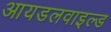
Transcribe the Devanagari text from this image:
आयडलवाइल्ड